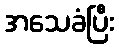
အသေခံပြီး